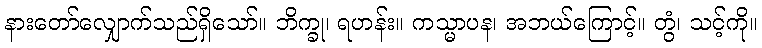
နားတော်လျှောက်သည်ရှိသော်။ ဘိက္ခု၊ ရဟန်း။ ကသ္မာပန၊ အဘယ်ကြောင့်။ တွံ၊ သင့်ကို။